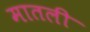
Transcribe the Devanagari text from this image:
मातली